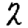
Digit: 2